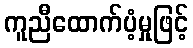
ကူညီထောက်ပံ့မှုဖြင့်